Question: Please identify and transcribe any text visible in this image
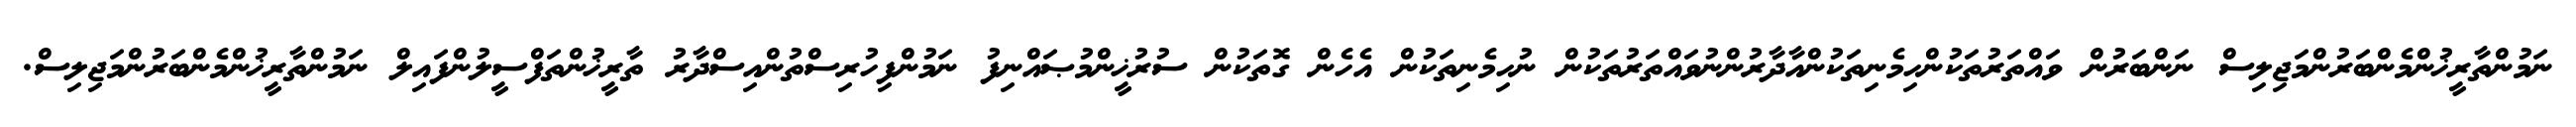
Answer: ނަމުންތާރީޚުންމެންބަރުންމަޖިލިސް ނަންބަރުން ވައްތަރުތަކުންހިމެނިތަކުންއާދާރުންނުވައްތަރުތަކުން ނުހިމެނިތަކުން އެހެން ގޮތަކުން ސުރުޚީންމުޞައްނިފު ނަމުންފިހުރިސްތުންއިސްދާރު ތާރީޚުންތަފްސީލުންފައިލް ނަމުންތާރީޚުންމެންބަރުންމަޖިލިސް.